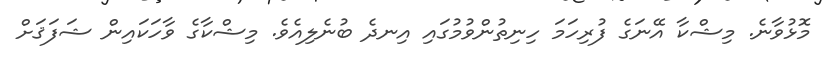
މޮޅުވާނެ. މިޝްކާ އޭނަގެ ފުރިހަމަ ހިނިތުންވުމުގައި އިނދެ ބުނެލިއެވެ. މިޝްކާގެ ވާހަކައިން ޝަފަޤަށް